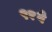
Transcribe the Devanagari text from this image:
९१वे